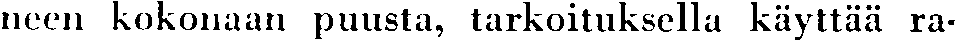
neen kokonaan puusta, tarkoituksella käyttää ra-